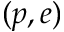
( p , e )